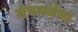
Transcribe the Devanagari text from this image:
मेघगर्जना